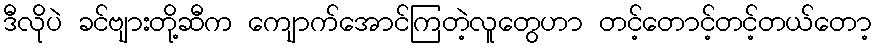
ဒီလိုပဲ ခင်ဗျားတို့ဆီက ကျောက်အောင်ကြတဲ့လူတွေဟာ တင့်တောင့်တင့်တယ်တော့